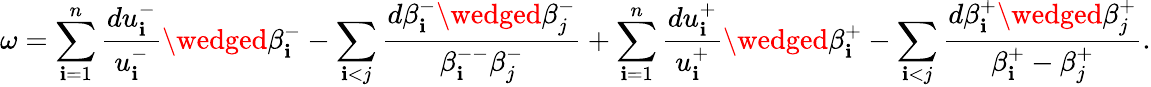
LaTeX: \omega=\sum_{\mathbf{i}=1}^{n}\frac{{du_{\mathbf{i}}^{-}}}{{u_{\mathbf{i}}^{-}}}\wedged\beta_{\mathbf{i}}^{-}-\sum_{\mathbf{i}<j}\frac{{d\beta_{\mathbf{i}}^{-}\wedged\beta_{j}^{-}}}{{\beta_{\mathbf{i}}^{--}\beta_{j}^{-}}}+\sum_{\mathbf{i}=1}^{n}\frac{{du_{\mathbf{i}}^{+}}}{{u_{\mathbf{i}}^{+}}}\wedged\beta_{\mathbf{i}}^{+}-\sum_{\mathbf{i}<j}\frac{{d\beta_{\mathbf{i}}^{+}\wedged\beta_{j}^{+}}}{{\beta_{\mathbf{i}}^{+}-\beta_{j}^{+}}}.